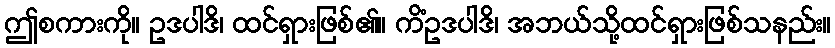
ဤစကားကို။ ဥဒပါဒိ၊ ထင်ရှားဖြစ်၏။ ကိံဥဒပါဒိ၊ အဘယ်သို့ထင်ရှားဖြစ်သနည်း။